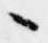
朝